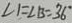
\angle 1 = \angle B = 3 6 ^ { \circ }